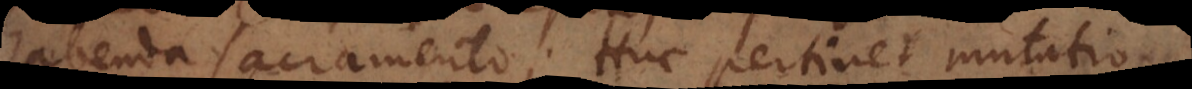
habenda sacramento? Huc pertinet mutatio